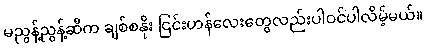
မညွန့်ညွန့်ဆီက ချစ်စနိုး ငြင်းဟန်လေးတွေလည်းပါဝင်ပါလိမ့်မယ်။